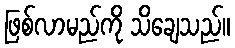
ဖြစ်လာမည်ကို သိချေသည်။